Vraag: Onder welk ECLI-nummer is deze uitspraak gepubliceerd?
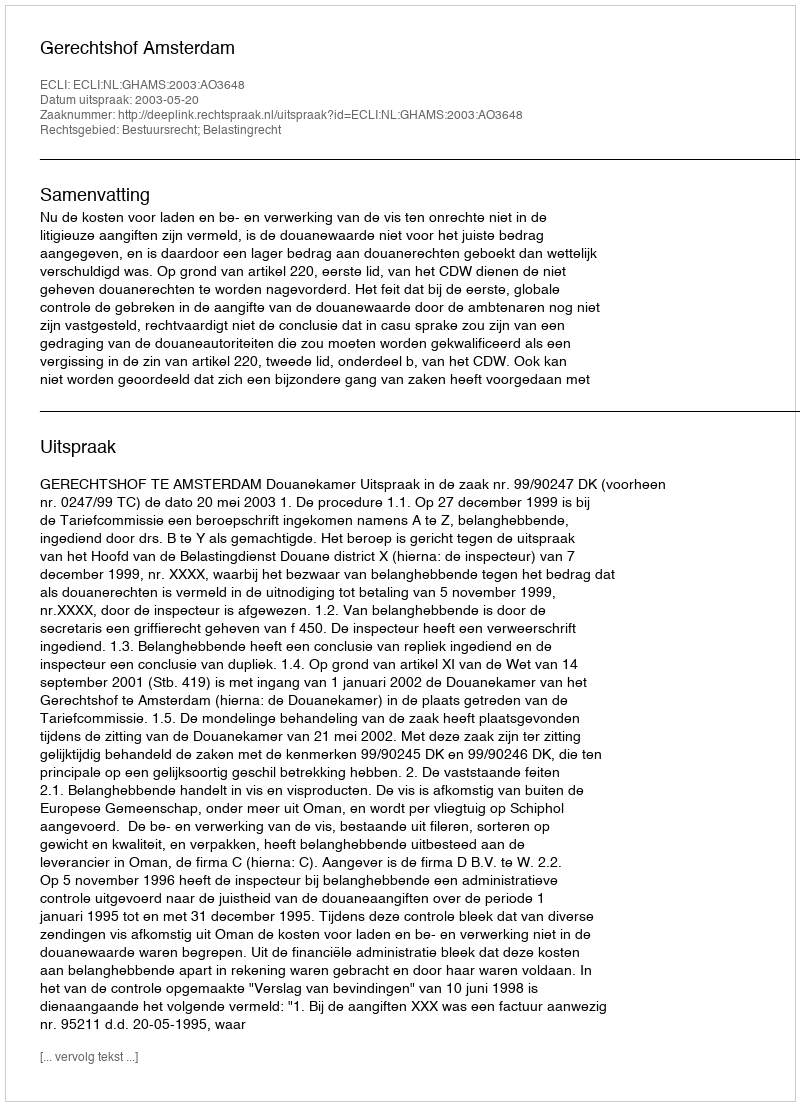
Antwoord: ECLI:NL:GHAMS:2003:AO3648